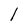
Character: I